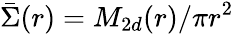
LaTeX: \bar{\Sigma}(r)=M_{2d}(r)/\pi r^{2}